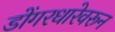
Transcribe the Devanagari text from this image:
डोंगरधारेवरून